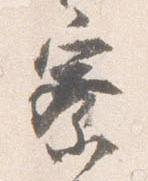
寮